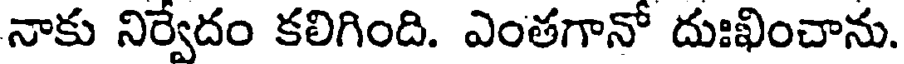
నాకు నిర్వేదం కలిగింది. ఎంతగానో దుఃఖించాను.